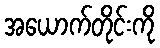
အယောက်တိုင်းကို